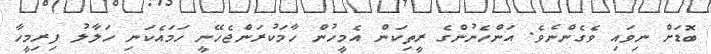
ބޮޑަށް ނިވައި ވެގެންނެވެ. އަންހެނުންގެ ރީތިކަން އެމީހުން ހާމަކުރަންޖެހޭނީ ހަމައެކަނި ހަލާލު ފިރިމީހާ